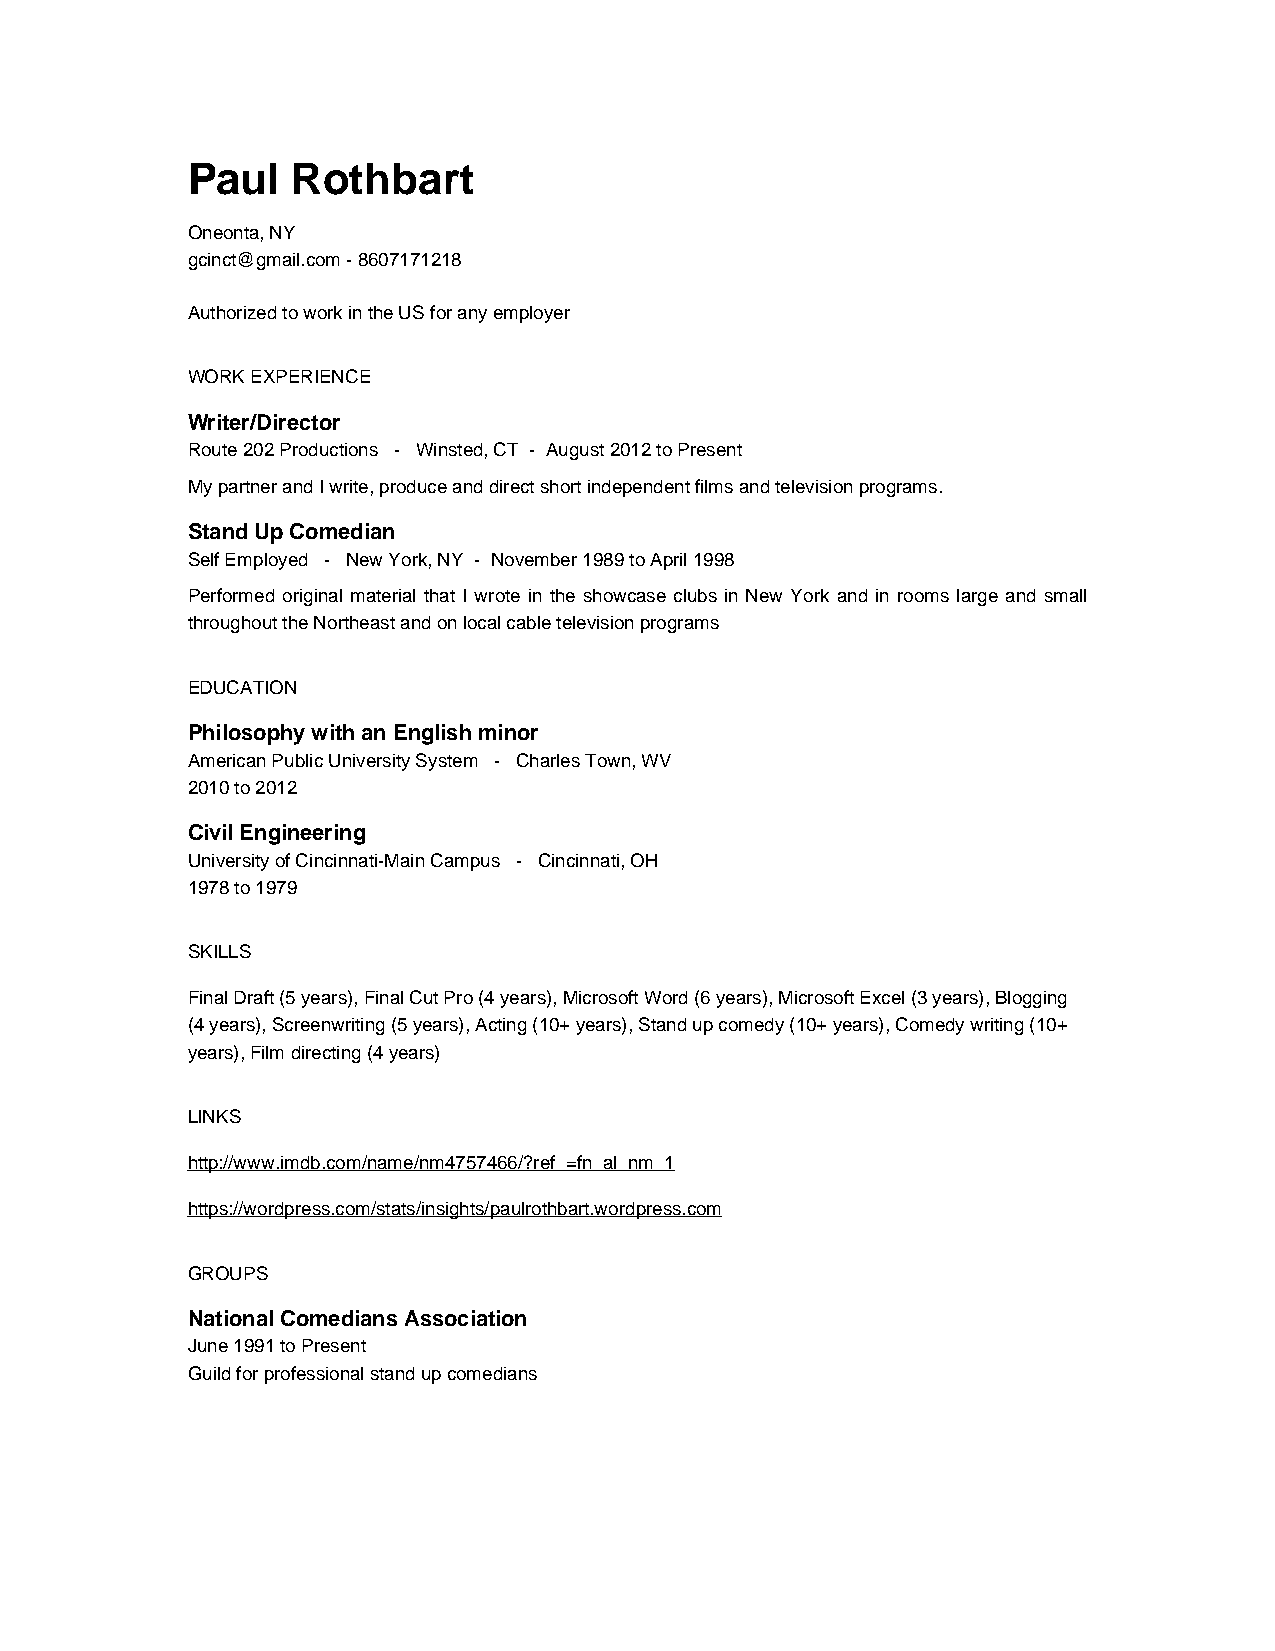
Paul   Rothbart
 Oneonta, NY
 gcinct@gmail.com - 8607171218
 Authorized to work in the US for any employer
 WORK EXPERIENCE
 Writer/Director
 Route 202 Productions - Winsted, CT - August 2012 to Present
 My partner and I write, produce and direct short independent films and television programs.
 Stand Up Comedian
 Self Employed - New York, NY - November 1989 to April 1998
 Performed original material that I wrote in the showcase clubs in New York and in rooms large and small
 throughout the Northeast and on local cable television programs
 EDUCATION
 Philosophy with an English minor
 American Public University System - Charles Town, WV
 2010 to 2012
 Civil Engineering
 University of Cincinnati-Main Campus - Cincinnati, OH
 1978 to 1979
 SKILLS
 Final Draft (5 years), Final Cut Pro (4 years), Microsoft Word (6 years), Microsoft Excel (3 years), Blogging
 (4 years), Screenwriting (5 years), Acting (10+ years), Stand up comedy (10+ years), Comedy writing (10+
 years), Film directing (4 years)
 LINKS
 http://www.imdb.com/name/nm4757466/?ref_=fn_al_nm_1
 https://wordpress.com/stats/insights/paulrothbart.wordpress.com
 GROUPS
 National Comedians Association
 June 1991 to Present
 Guild for professional stand up comedians